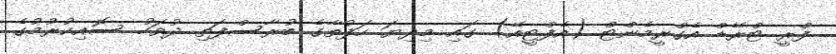
ފްރީ ޓްރޭޑް އެގްރީމެންޓް (އެފްޓީއޭ) ގައި މިދިޔަ ހަފުތާގެ ބުރާސްފަތި ދުވަހު ސޮއިކުރުމުގެ